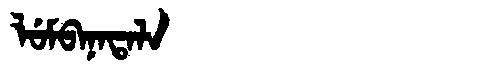
Manchu: ᠯᡠᠮᠪᠠᠨᠠᡨᠠᠯᠠ
Romanization: LUMBANATALA